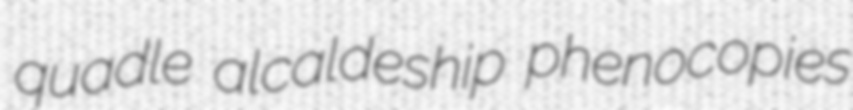
quadle alcaldeship phenocopies